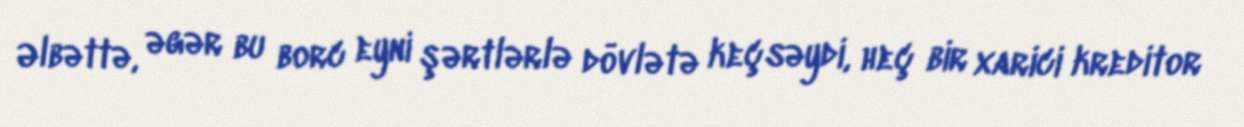
Əlbəttə, əgər bu borc eyni şərtlərlə dövlətə keçsəydi, heç bir xarici kreditor